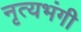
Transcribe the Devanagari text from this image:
नृत्यभंगी